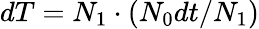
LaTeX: dT=N_{1}\cdot(N_{0}dt/N_{1})